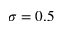
\sigma = 0 . 5